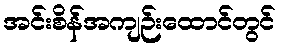
အင်းစိန်အကျဉ်းထောင်တွင်